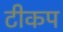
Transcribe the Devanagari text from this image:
टीकप